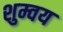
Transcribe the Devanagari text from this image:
शुम्वय